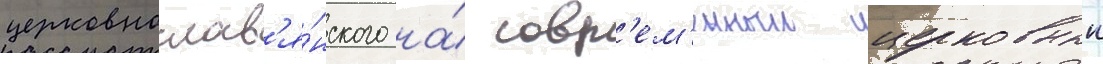
церковнослав'я́нского на́ совр'ем'енныи церковныи